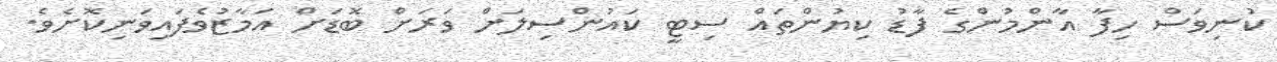
ކުނިވަސް ހިފާ އާންމުންގެ ފާޑު ކިޔުންތައް ސިޓީ ކައުންސިލަށް ވަރަށް ބޮޑަށް އަމާޒުވެފައިވަނިކޮށެވެ.